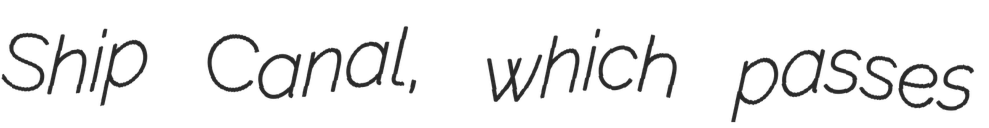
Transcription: Ship Canal, which passes